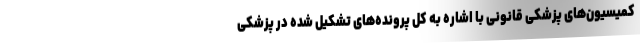
کمیسیون‌های پزشکی قانونی با اشاره به کل پرونده‌های تشکیل شده در پزشکی